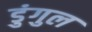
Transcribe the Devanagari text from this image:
डुंगुल